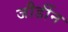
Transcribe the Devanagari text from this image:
जौर्डीन